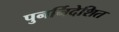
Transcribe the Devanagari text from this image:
पुनर्निदेशित